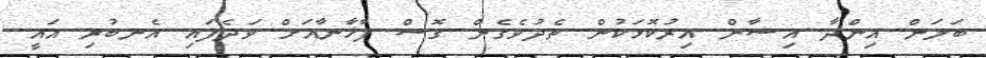
ބަލަން އިންދާ އިޝާން އިރުކޮޅަކުން ތެދުވެގެން ގޮސް ފާޚާނާއަށް ވަދެފައި އެނބުރި އައީ